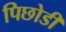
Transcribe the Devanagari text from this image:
पिछोडी